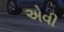
એવી